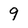
Character: 9